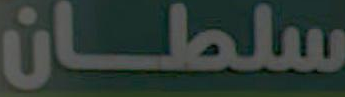
سلطان